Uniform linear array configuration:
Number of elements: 32
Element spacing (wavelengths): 0.5
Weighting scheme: cosine
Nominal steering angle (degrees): -15
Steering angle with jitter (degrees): -14.036
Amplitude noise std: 0.05
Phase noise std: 0.05

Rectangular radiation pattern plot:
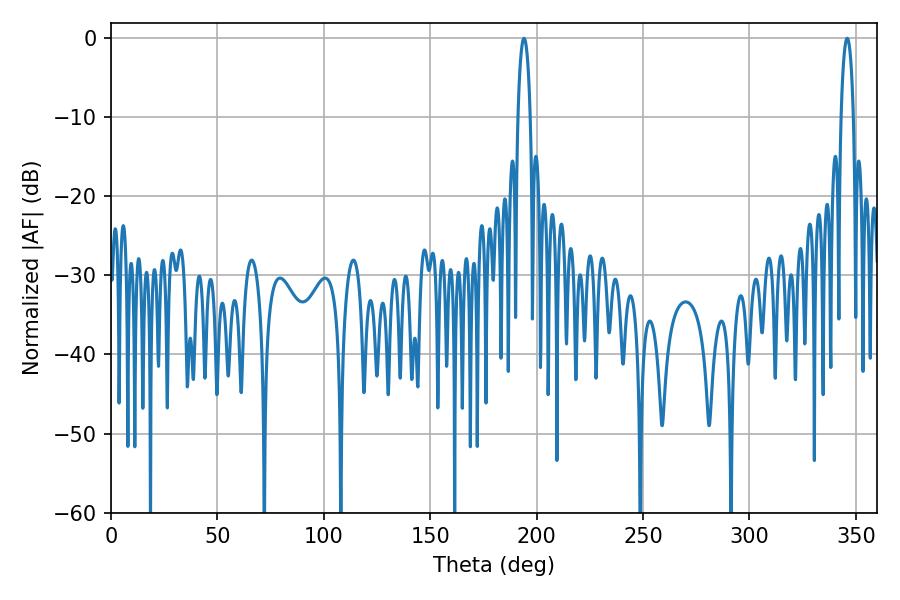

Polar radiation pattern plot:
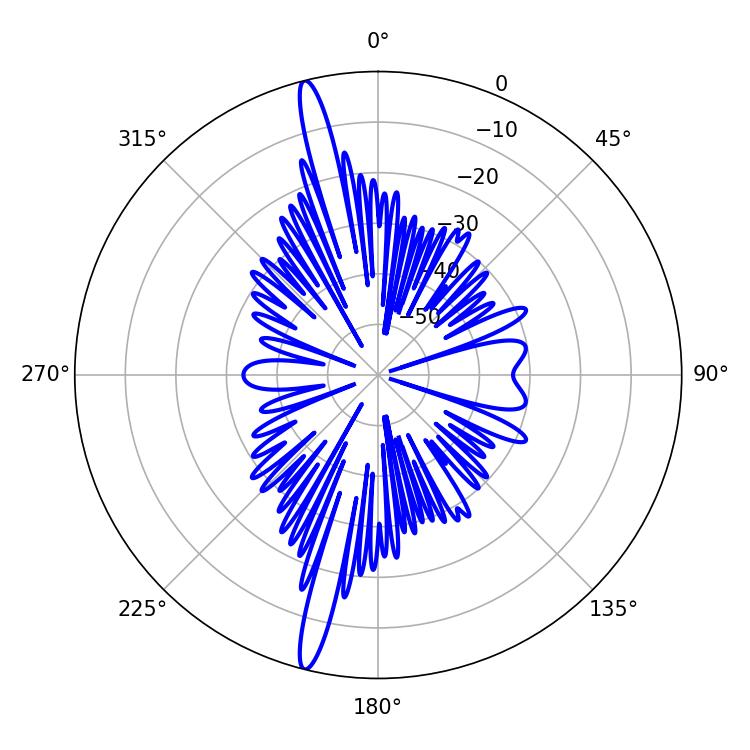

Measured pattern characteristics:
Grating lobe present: FALSE
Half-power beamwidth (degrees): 3.24
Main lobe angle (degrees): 194.04